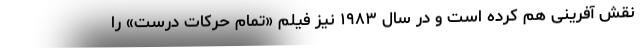
نقش آفرینی هم کرده است و در سال ۱۹۸۳ نیز فیلم «تمام حرکات درست» را